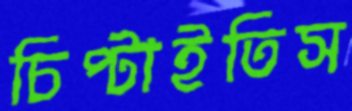
চিপ্‌টাইতিস